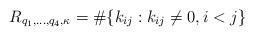
LaTeX: \begin{align*}R_{q_1,\ldots,q_4,\kappa}=\#\{k_{ij}: k_{ij}\neq 0, i<j \}\end{align*}